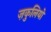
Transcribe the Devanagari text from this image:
ज़कुलियो